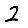
Digit: 2